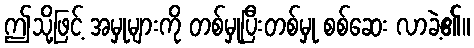
ဤသို့ဖြင့် အမှုများကို တစ်မှုပြီးတစ်မှု စစ်ဆေး လာခဲ့၏။